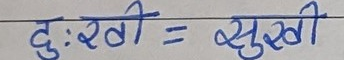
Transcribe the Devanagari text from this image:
दुःखी = सुखी